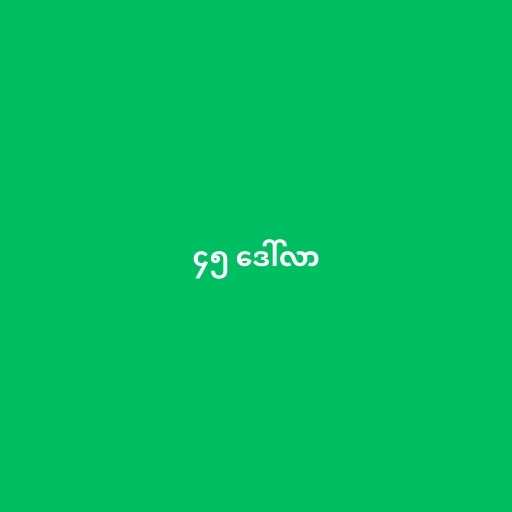
၄၅ ဒေါ်လာ